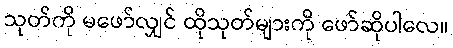
သုတ်ကို မဖော်လျှင် ထိုသုတ်များကို ဖော်ဆိုပါလေ။